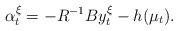
LaTeX: \begin{align*}\alpha_t^{\xi}=-R^{-1}By_t^{\xi}-h(\mu_t).\end{align*}